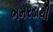
ભમરડાથી